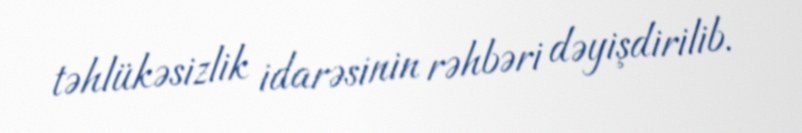
təhlükəsizlik idarəsinin rəhbəri dəyişdirilib.